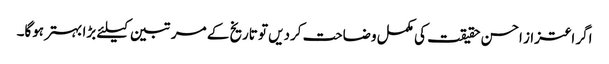
اگر اعتزاز احسن حقیقت کی مکمل وضاحت کردیں تو تاریخ کے مرتبین کیلئے بڑا بہتر ہوگا۔